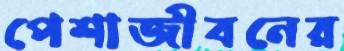
পেশাজীবনের